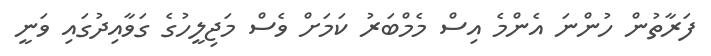
ފަރާތުން ހުންނަ އެންމެ އިސް މެމްބަރު ކަމަށް ވެސް މަޖިލީހުގެ ގަވާއިދުގައި ވަނީ